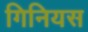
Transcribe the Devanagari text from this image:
गिनियस